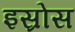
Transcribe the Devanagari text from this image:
इस्रोस